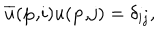
\overline { { { u } } } ( \mathbf { p , } i ) u ( \mathbf { p , } j ) = \delta _ { i j } , \;